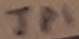
Text: JP1